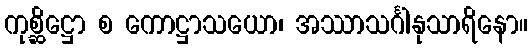
ကုစ္ဆိဋ္ဌော စ ကောဋ္ဌာသယော၊ အဿာသင်္ဂါနုသာရိနော။